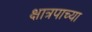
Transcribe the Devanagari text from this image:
क्षात्रपाच्या